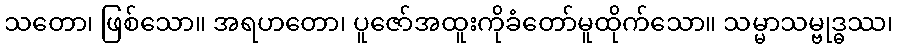
သတော၊ ဖြစ်သော။ အရဟတော၊ ပူဇော်အထူးကိုခံတော်မူထိုက်သော။ သမ္မာသမ္ဗုဒ္ဓဿ၊